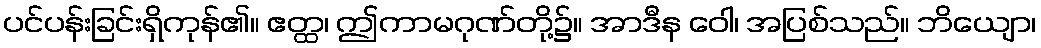
ပင်ပန်းခြင်းရှိကုန်၏။ ဧတ္ထ၊ ဤကာမဂုဏ်တို့၌။ အာဒီန ဝေါ၊ အပြစ်သည်။ ဘိယျော၊